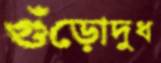
গুঁড়োদুধ